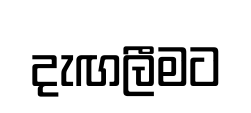
දැඟලීමට